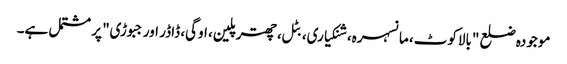
موجودہ ضلع "بالاکوٹ، مانسہرہ، شنکیاری، بٹل، چھترپلین، اوگی، ڈاڈر اور جبوڑی" پر مشتمل ہے۔